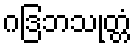
ဂဒြဘသုတ္တံ